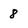
Character: 8